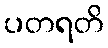
ပတရတိ